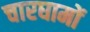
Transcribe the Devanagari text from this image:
चारघामों